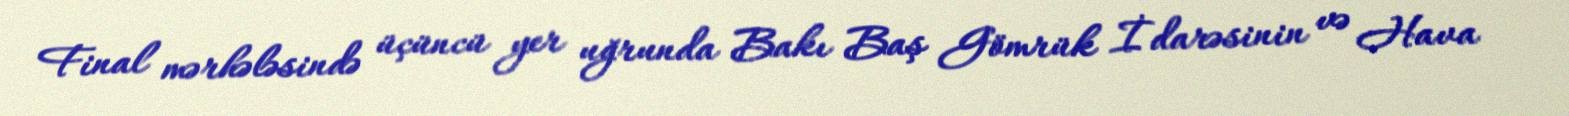
Final mərhələsində üçüncü yer uğrunda Bakı Baş Gömrük İdarəsinin və Hava